Civil Veterinary Department Bihar & Orissa reports 1911-21 - 1911-1921
Year: 1911
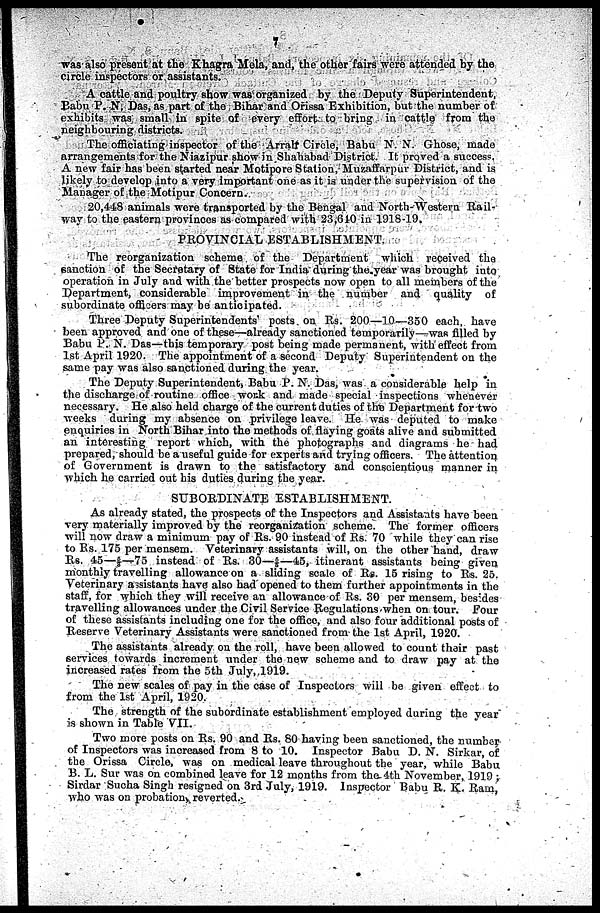
7
was also present at the Khagra Mela, and, the other fairs were attended by the
circle inspectors or assistants.
A cattle and poultry show was organized by the Deputy Superintendent,
Babu P. N, Das, as part of the Bihar and Orissa Exhibition, but the number of
exhibits was small in spite of every effort to bring in cattle from the
neighbouring districts.
The officiating inspector of the Arrah Circle, Babu N. N. Ghose, made
arrangements for the Niazipur show in Shahabad District. It proved a success
A new fair has been started near Motipore Station, Muzaffarpur District, and is
likely to develop into a very important one as it is under the supervision of the
Manager of the Motipur Concern.
20,448 animals were transported by the Bengal and North-Western Rail-
way to the eastern provinces as compared with 23,640 in 1915-19.
PROVINCIAL ESTABLISHMENT.
The reorganization scheme of the Department which received the
sanction of the Secretary of State for India during the year was brought into
operation in July and with the better prospects now open to all members of the
Department, considerable improvement in the number and quality of
subordinate officers may be anticipated.
Three Deputy Superintendents posts on Rs. 200—10—350 each, have
been approved and one of these—already sanctioned temporarily—was filled by
Babu P. N. Das—this temporary post being made permanent, with effect from
1st. April 1920. The appointment of a second Deputy Superintendent on the
same pay was also sanctioned during the year.
The Deputy Superintendent, Babu P. N. Das, was a considerable help in
the discharge of routine office workand made special inspections whenever
necessary. He also held charge of the current duties of the Department for two
weeks during my absence on privilege leave. He was deputed to make
enquiries in North Bihar into the methods of flaying goats alive and submitted
an interesting report which, with the photographs and diagrams he had
prepared, should be a useful guide for experts and trying officers. The attention
of Government is drawn to the satisfactory and conscientious manner in
which he carried out his duties during the year.
SUBORDINATE ESTABLISHMENT.
As already stated, the prospects of the Inspectors and Assistants have been
very materially improved by the reorganization scheme. The former officers
will now draw a minimum pay of Rs. 90 instead of Rs. 70 while they can rise
to Rs. 175 per mensem. Veterinary assistants will, on the other hand, draw
Rs. 45 —5/3—75 instead of Rs. 30—6/5—15, itinerant assistants being given
monthly travelling allowance on a sliding scale of Rs. 15 rising to Rs. 25.
Veterinary assistants have also had opened to them further appointments in the
staff, for which they will receive an allowance of Rs. 30 per mensem, besides
travelling allowances under the Civil Service Regulations when on tour. Four
of these assistants including one for the office, and also four additional posts of
Reserve Veterinary Assistants were sanctioned from the 1st April, 1920.
The assistants already on the roll, have been allowed to count their past
services towards increment under the new scheme and to draw pay at the
increased rates from the 5th July, 1919.
The new scales of pay in the case of Inspectors will be given effect to
from the 1st April, 1920.
The strength of the subordinate establishment employed during the year
is shown in Table VII.
Two more posts on Rs. 90 and Rs. 80 having been sanctioned, the number
of Inspectors was increased from 8 to 10. Inspector Babu D. N. Sirkar, of
the Orissa Cirelo, was on medical leave throughout the year, while Babu
B. L. Sur was on combined leave for 12 months from the 4th November, 1919 ;
Sirdar Sucha Singh resigned on 3rd July, 1919. Inspector Babu R. K. Rain ,
who was on probation, reverted.